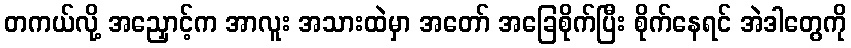
တကယ်လို့ အညှောင့်က အာလူး အသားထဲမှာ အတော် အခြေစိုက်ပြီး စိုက်နေရင် အဲဒါတွေကို